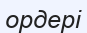
ордері